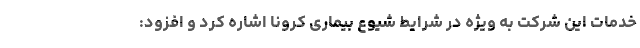
خدمات این شرکت به ویژه در شرایط شیوع بیماری کرونا اشاره کرد و افزود: